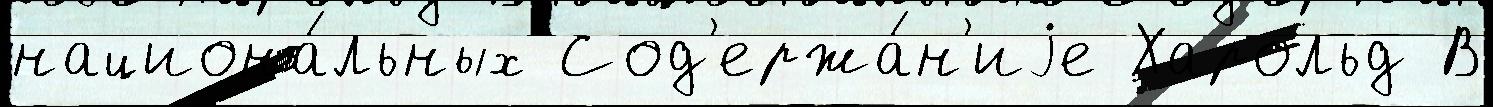
национа́льных Сод'ержа́н'иjе Харольд В